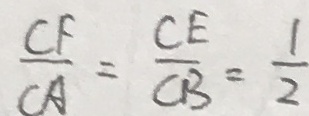
\frac { C F } { C A } = \frac { C E } { C B } = \frac { 1 } { 2 }